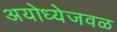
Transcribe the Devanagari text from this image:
अयोध्येजवळ